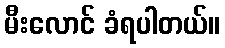
မီးလောင် ခံရပါတယ်။